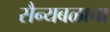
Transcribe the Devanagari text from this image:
सैन्यबळाचा